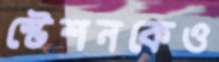
স্টেশনকেও